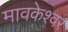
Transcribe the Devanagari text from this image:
मावकेश्वर